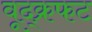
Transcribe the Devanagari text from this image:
वूद्क्रफट